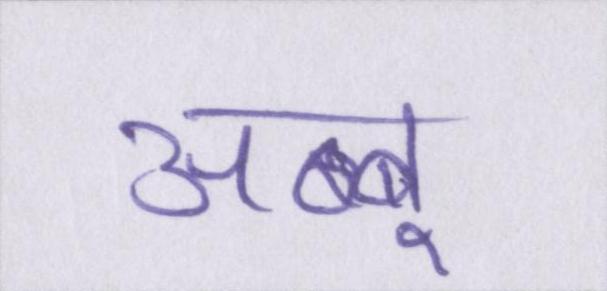
अब्बू